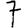
Digit: 7